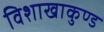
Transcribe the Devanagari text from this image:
विशाखाकुण्ड